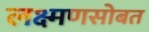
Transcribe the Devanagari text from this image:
लक्ष्मणसोबत